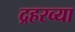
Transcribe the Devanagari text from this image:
द्रहरव्या